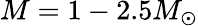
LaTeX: M=1-2.5M_{\odot}